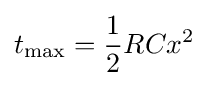
t_{\text{max}}={1 \over 2}RCx^{2}